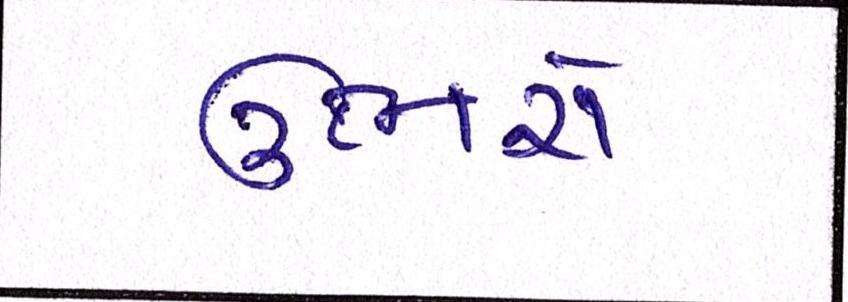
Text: ઊભરો